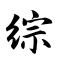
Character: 综